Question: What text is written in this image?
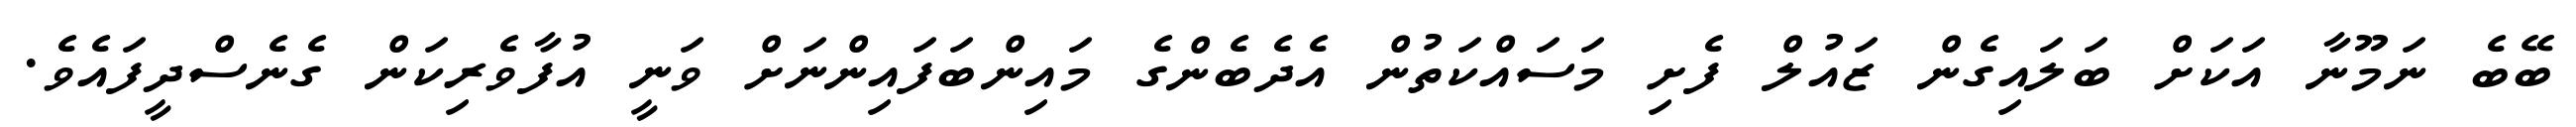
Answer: ބޭބެ ނަމޫނާ އަކަށް ބަލައިގެން ޒައުލް ފެށި މަސައްކަތުން އެދެބެންގެ މައިންބަފައިންނަށް ވަނީ އުފާވެރިކަން ގެނެސްދީފައެވެ.